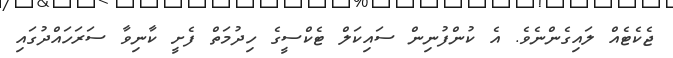
ޖެކެޓެއް ލައިގެންނެވެ. އެ ކުންފުނިން ސައިކަލް ޓެކްސީގެ ހިދުމަތް ފެށީ ކާނިވާ ސަރަހައްދުގައި